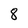
Character: 8